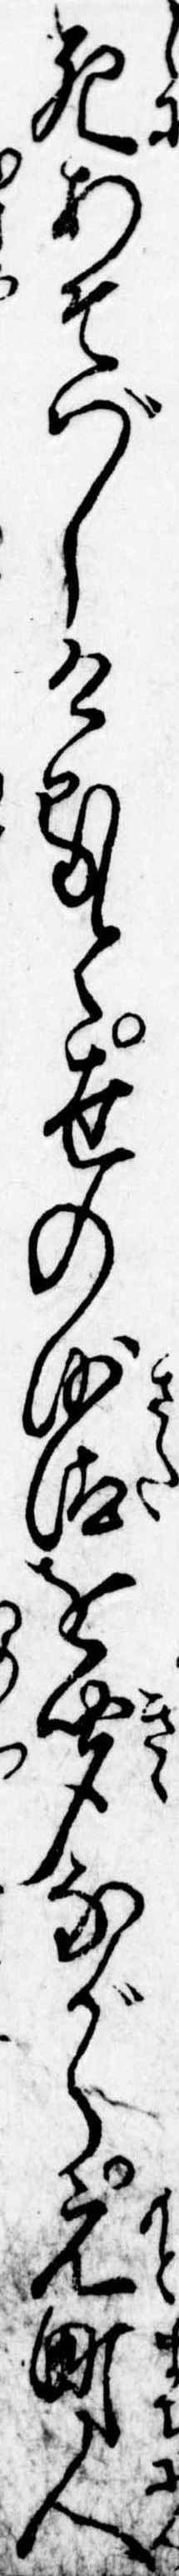
死あそばしけると世の沙汰を聞ながら元町人